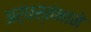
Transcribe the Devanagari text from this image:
अर्धस्तंभाने